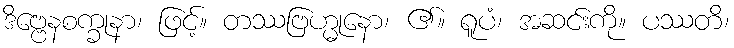
ဒိဗ္ဗေနစက္ခုနာ၊ ဖြင့်။ တဿဗြဟ္မုနော၊ ၏။ ရူပံ၊ အဆင်းကို။ ပဿတိ၊